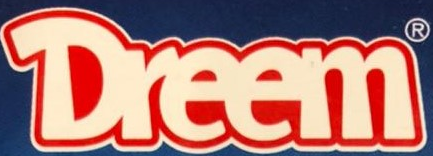
Dreem